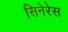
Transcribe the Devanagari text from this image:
सिनेरेस